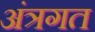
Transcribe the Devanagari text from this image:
अंत्रगत